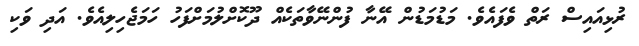
ރުޅިއައިސް ރަތް ވެފައެވެ. މަޑުމަޑުން އޭނާ ފުންނޭވާތަކެއް ދޫކޮށްލުމަށްފަހު ހަމަޖެހިލިއެވެ. އަދި ވަކި